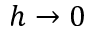
h \to 0